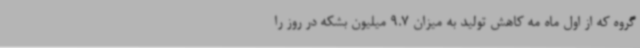
گروه که از اول ماه مه کاهش تولید به میزان 9.7 میلیون بشکه در روز را